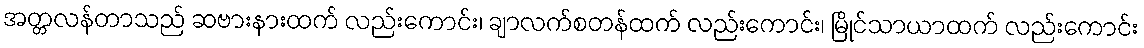
အတ္တလန်တာသည် ဆဗားနားထက် လည်းကောင်း၊ ချာလက်စတန်ထက် လည်းကောင်း၊ မြိုင်သာယာထက် လည်းကောင်း